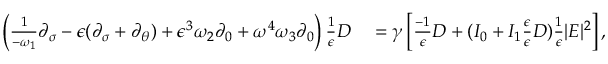
\begin{array} { r l } { \left( \frac { 1 } { - \omega _ { 1 } } \partial _ { \sigma } - \epsilon ( \partial _ { \sigma } + \partial _ { \theta } ) + \epsilon ^ { 3 } \omega _ { 2 } \partial _ { 0 } + \omega ^ { 4 } \omega _ { 3 } \partial _ { 0 } \right) \frac { 1 } { \epsilon } D } & { { } = \gamma \left[ \frac { - 1 } { \epsilon } D + ( I _ { 0 } + I _ { 1 } \frac { \epsilon } { \epsilon } D ) \frac { 1 } { \epsilon } | E | ^ { 2 } \right] , } \end{array}